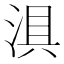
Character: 𱦵